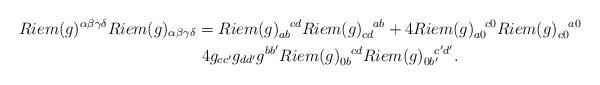
LaTeX: \begin{align*}Riem(g)^{\alpha \beta \gamma \delta} Riem(g)_{\alpha \beta \gamma \delta}& = Riem(g)_{ab}^{\ \ cd} Riem(g)_{cd}^{\ \ ab}+ 4 Riem(g)_{a0}^{\ \ c0} Riem(g)_{c0}^{\ \ a0} \\& \ \- 4 g_{cc'}g_{dd'}g^{bb'}Riem(g)_{0b}^{\ \ cd} Riem(g)_{0b'}^{\ \ c'd'}.\end{align*}